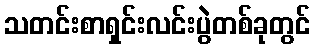
သတင်းစာရှင်းလင်းပွဲတစ်ခုတွင်